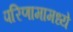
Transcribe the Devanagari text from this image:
परिणामामध्ये